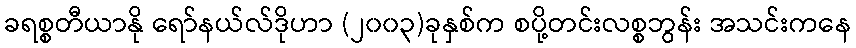
ခရစ္စတီယာနို ရော်နယ်လ်ဒိုဟာ (၂၀၀၃)ခုနှစ်က စပို့တင်းလစ္စဘွန်း အသင်းကနေ